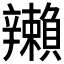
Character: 𬨛